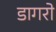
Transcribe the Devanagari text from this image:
डागरो